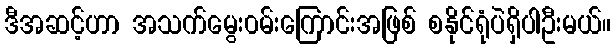
ဒီအဆင့်ဟာ အသက်မွေး၀မ်းကြောင်းအဖြစ် စနိုင်ရုံပဲရှိပါဦးမယ်။